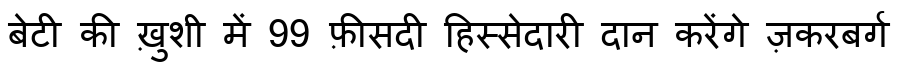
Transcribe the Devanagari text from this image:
बेटी की ख़ुशी में 99 फ़ीसदी हिस्सेदारी दान करेंगे ज़करबर्ग